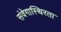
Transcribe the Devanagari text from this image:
संवेगास्थिरता